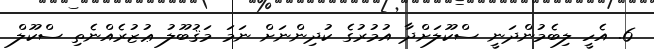
6. އެހީ ލިބެމުންދަނީ ސްކޫލަށްދާ އުމުރުގެ ކުދިންނަށް ނަމަ މަޤުބޫލު ޢުޒުރެއްނެތި ސްކޫލް